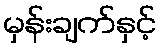
မှန်းချက်နှင့်